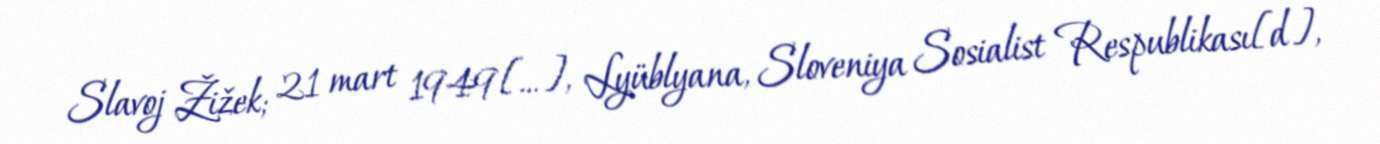
Slavoj Žižek; 21 mart 1949[…], Lyüblyana, Sloveniya Sosialist Respublikası[d],